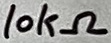
Text: 10kΩ